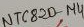
Text: NTC820-µ4